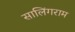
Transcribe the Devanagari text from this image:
सालिंगराम